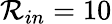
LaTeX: \mathcal{R}_{in}=10